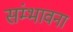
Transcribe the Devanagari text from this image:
संम्भावना